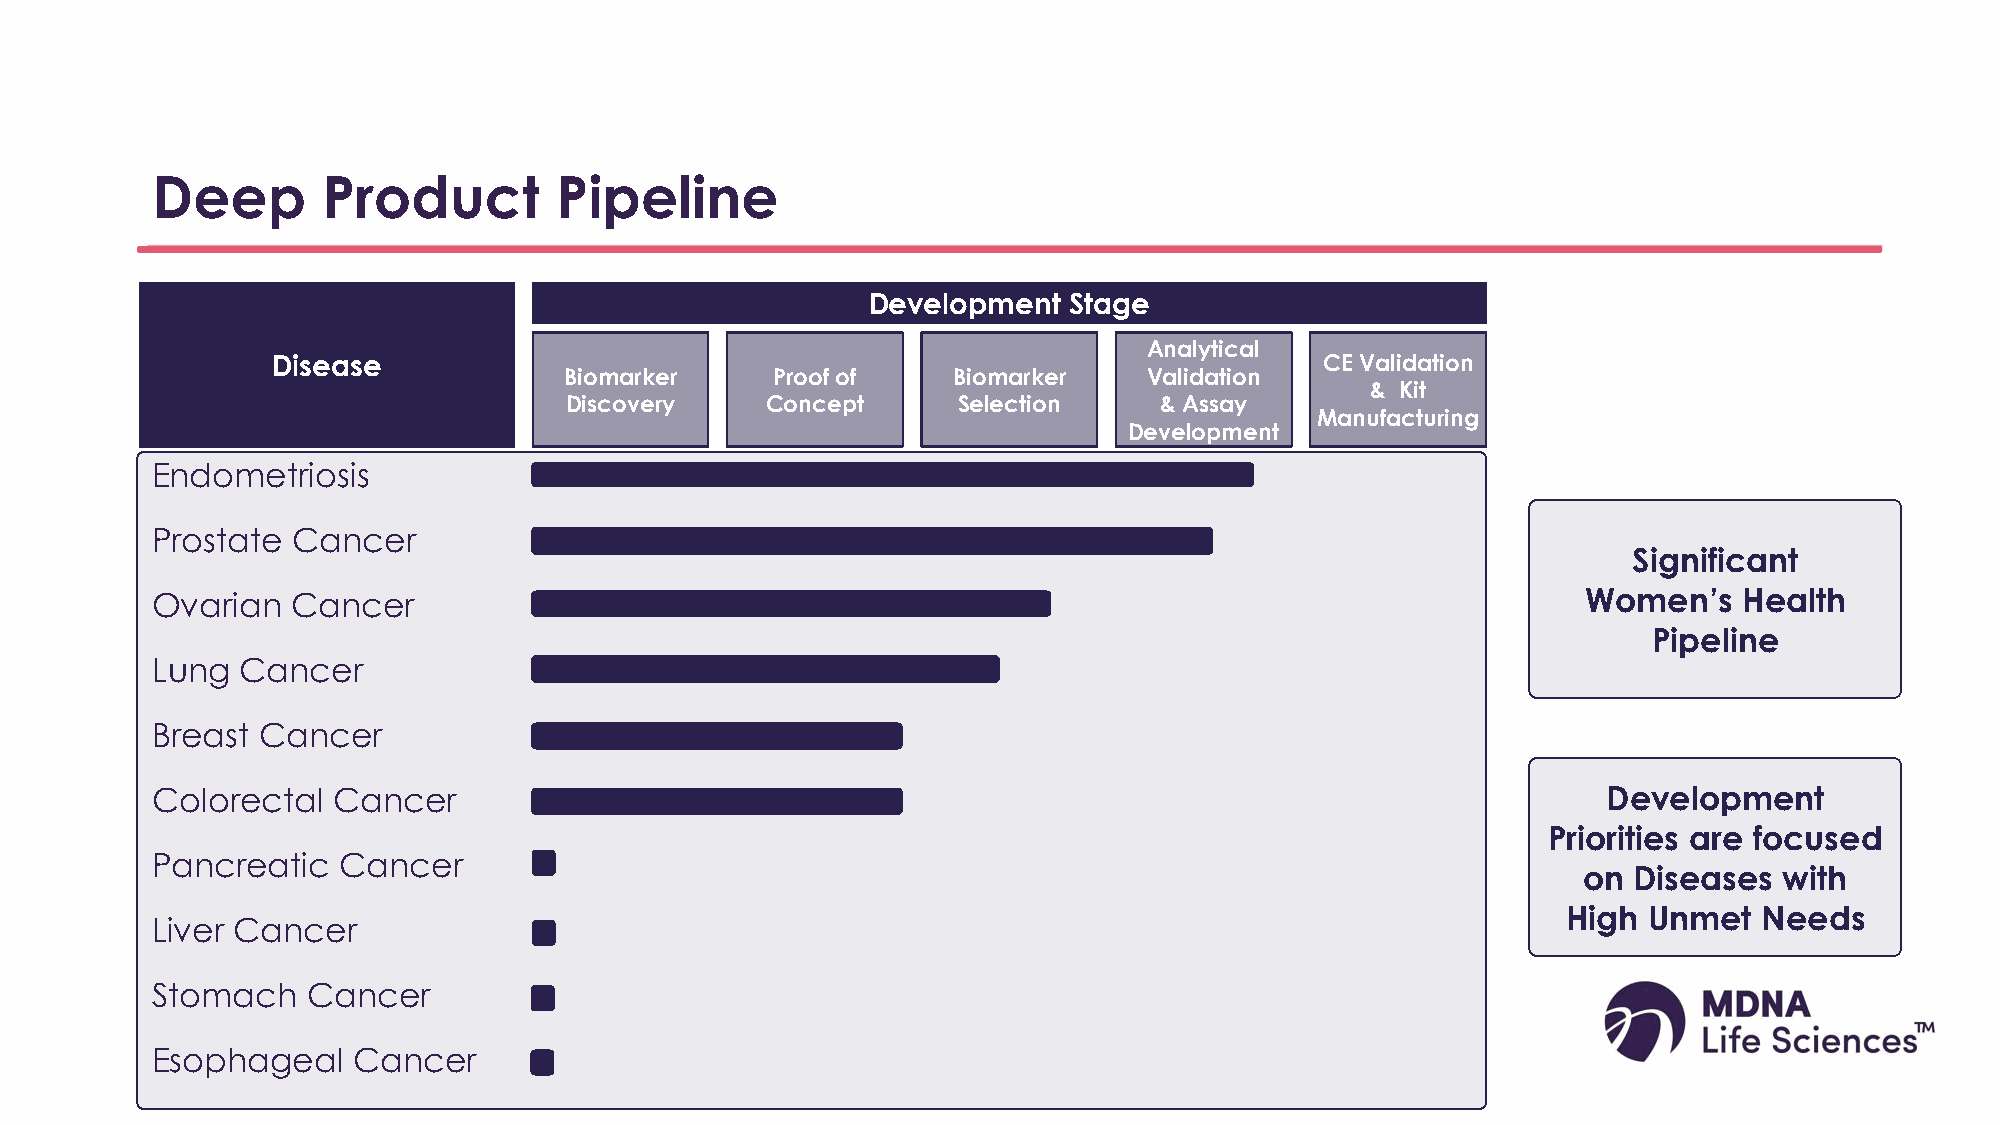
Deep       Product         Pipeline
 Development  Stage
 Analytical
 Disease                                                               CE Validation
 Biomarker     Proof of    Biomarker    Validation
 & Kit
 Discovery     Concept     Selection     & Assay
 Manufacturing
 Development
 Endometriosis
 Prostate Cancer
 Significant
 Ovarian  Cancer                                                                                Women’s   Health
 Pipeline
 Lung  Cancer
 Breast Cancer
 Colorectal  Cancer                                                                              Development
 Priorities are focused
 Pancreatic  Cancer
 on Diseases  with
 High Unmet   Needs
 Liver Cancer
 Stomach   Cancer
 Esophageal   Cancer